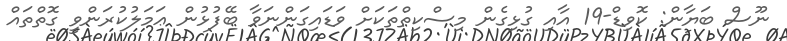
ނޫސް ބަޔާން: ކޮވިޑް-19 އާއި ގުޅިގެން މިސްކިތްތަކަށް ވަޑައިގަންނަވާ ބޭފުޅުން ޢަމަލުކުރަންވީ ގޮތްތައް